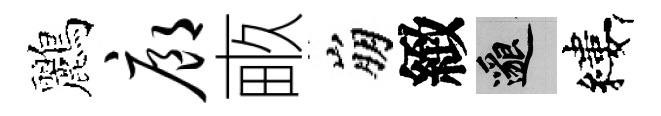
鸝廊畞崩緻邈縷